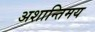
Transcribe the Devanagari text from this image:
अशान्तिमय